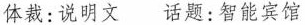
体裁:说明文 话题:智能宾馆